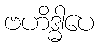
ဗဟိဒ္ဓါပေ